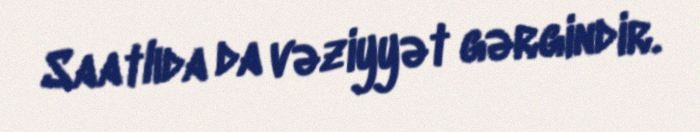
Saatlıda da vəziyyət gərgindir.